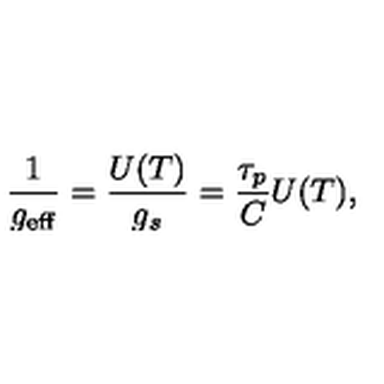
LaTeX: \frac { 1 } { g _ { \mathrm { e f f } } } = \frac { U ( T ) } { g _ { s } } = \frac { \tau _ { p } } { C } U ( T ) ,